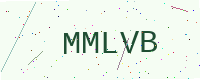
Text: MMLVB